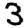
Digit: 3